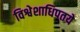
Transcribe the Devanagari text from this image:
विश्वेशाधिपतये